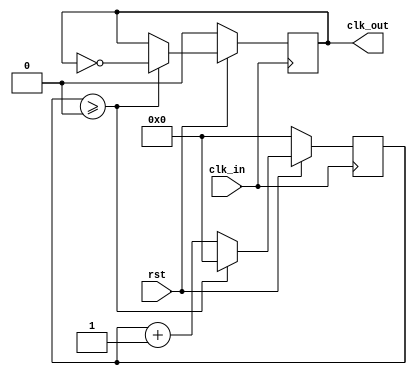
module clock_devider(clk_in,rst,clk_out);
	input clk_in; // Default clock of DE2i-150 is 50MHz, in dis example generate clock 1Hz
	input rst;
	output reg clk_out;
	reg [31:0] counter;
	
`define SIMULATION // If SIMULATION is defined, then clk_out signal is half of clk_in signal, for simulation only.

`ifdef SIMULATION
	parameter COUNTER_THRESHOLE = 0;
`else
	parameter COUNTER_THRESHOLE = 25000000;
`endif

	always @ (posedge clk_in)
		begin
			if(!rst) // Synchronous reset signal, active low
				begin
					clk_out <= 1'b0; // Non-blocking assignment
					counter <= 32'b0;
				end
			else 
				begin
					if (counter >= COUNTER_THRESHOLE) 
						begin
							clk_out <= ~clk_out;// Non-blocking assignment
							counter <= 0;// Non-blocking assignment, reset counter
						end
					else
						begin
							counter <= counter + 1;// Non-blocking assignment, updating counter value
						end
				end
		end
	
endmodule